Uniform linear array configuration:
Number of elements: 64
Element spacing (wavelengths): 0.75
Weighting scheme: blackman
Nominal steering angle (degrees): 30
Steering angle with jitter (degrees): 30.623
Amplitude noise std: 0.05
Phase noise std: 0.05

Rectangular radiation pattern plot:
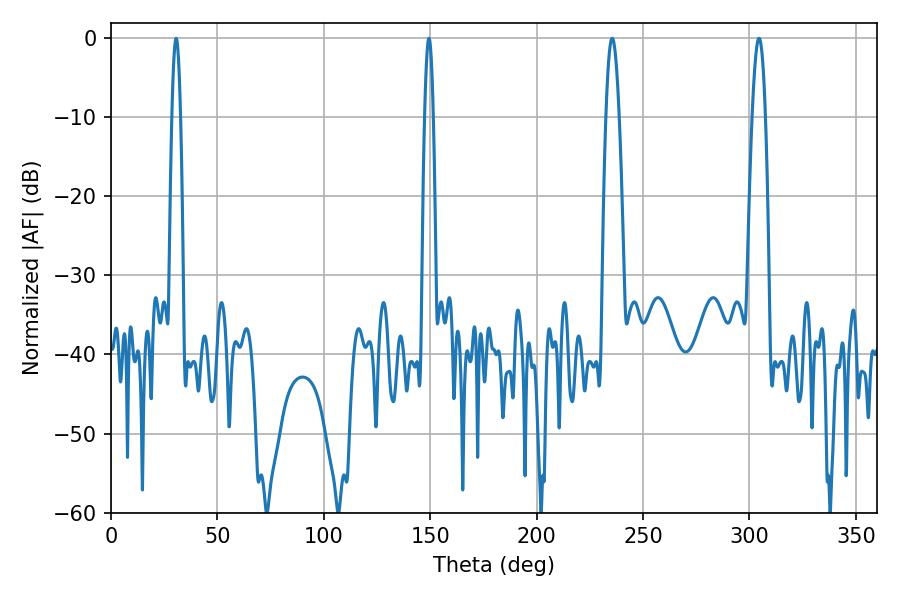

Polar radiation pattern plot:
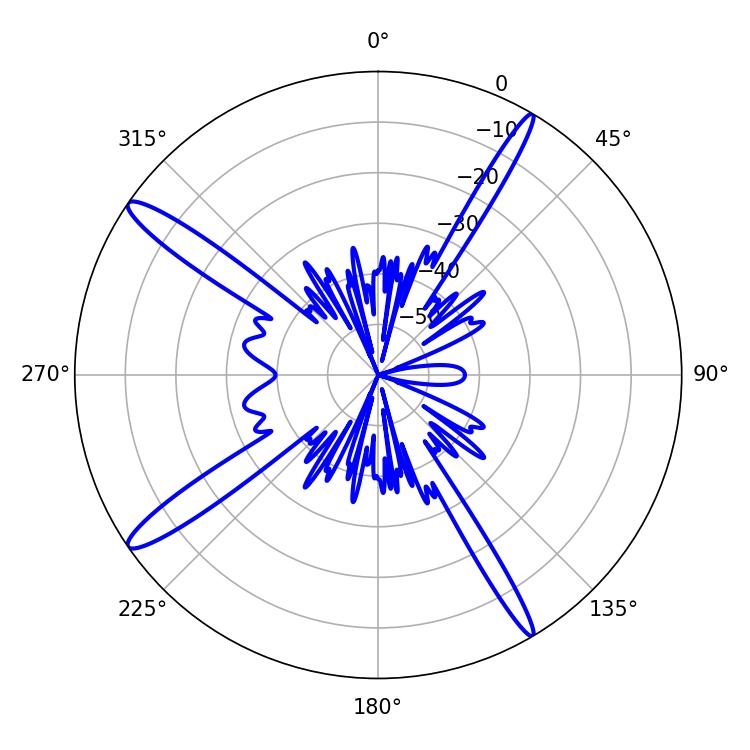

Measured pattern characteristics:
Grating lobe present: TRUE
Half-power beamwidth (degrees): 2.16
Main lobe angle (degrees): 30.6